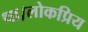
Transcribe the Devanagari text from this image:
था।लोकप्रिय